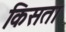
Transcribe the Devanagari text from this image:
किसता